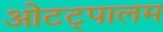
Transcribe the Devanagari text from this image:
ओटट्पालम